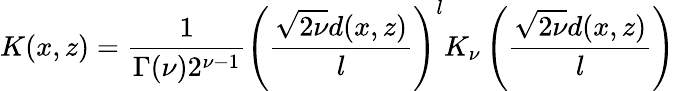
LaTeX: K(x,z)=\frac{1}{\Gamma(\nu)2^{\nu-1}}\left(\frac{\sqrt{2\nu}d(x,z)}{l}\right)^{l}K_{\nu}\left(\frac{\sqrt{2\nu}d(x,z)}{l}\right)